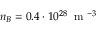
n _ { B } = 0 . 4 \cdot 1 0 ^ { 2 8 } \, \mathrm { ~ m ~ } ^ { - 3 }